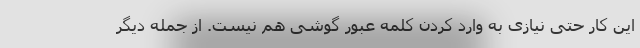
این کار حتی نیازی به وارد کردن کلمه عبور گوشی هم نیست. از جمله دیگر